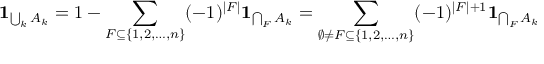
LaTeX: \mathbf { 1 } _ { \bigcup _ { k } A _ { k } } = 1 - \sum _ { F \subseteq \{ 1 , 2 , \dotsc , n \} } ( - 1 ) ^ { | F | } \mathbf { 1 } _ { \bigcap _ { F } A _ { k } } = \sum _ { \emptyset \neq F \subseteq \{ 1 , 2 , \dotsc , n \} } ( - 1 ) ^ { | F | + 1 } \mathbf { 1 } _ { \bigcap _ { F } A _ { k } }